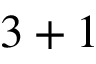
3 + 1